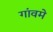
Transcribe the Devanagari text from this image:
गांवमे